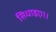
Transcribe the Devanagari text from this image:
सिधाइए।।